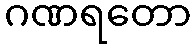
ဂဏရတော